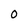
Character: 0